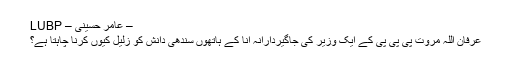
– عامر حسینی – LUBP
عرفان اللہ مروت پی پی پی کے ایک وزیر کی جاگیردارانہ انا کے ہاتھوں سندھی دانش کو زلیل کیوں کرنا چاہتا ہے؟